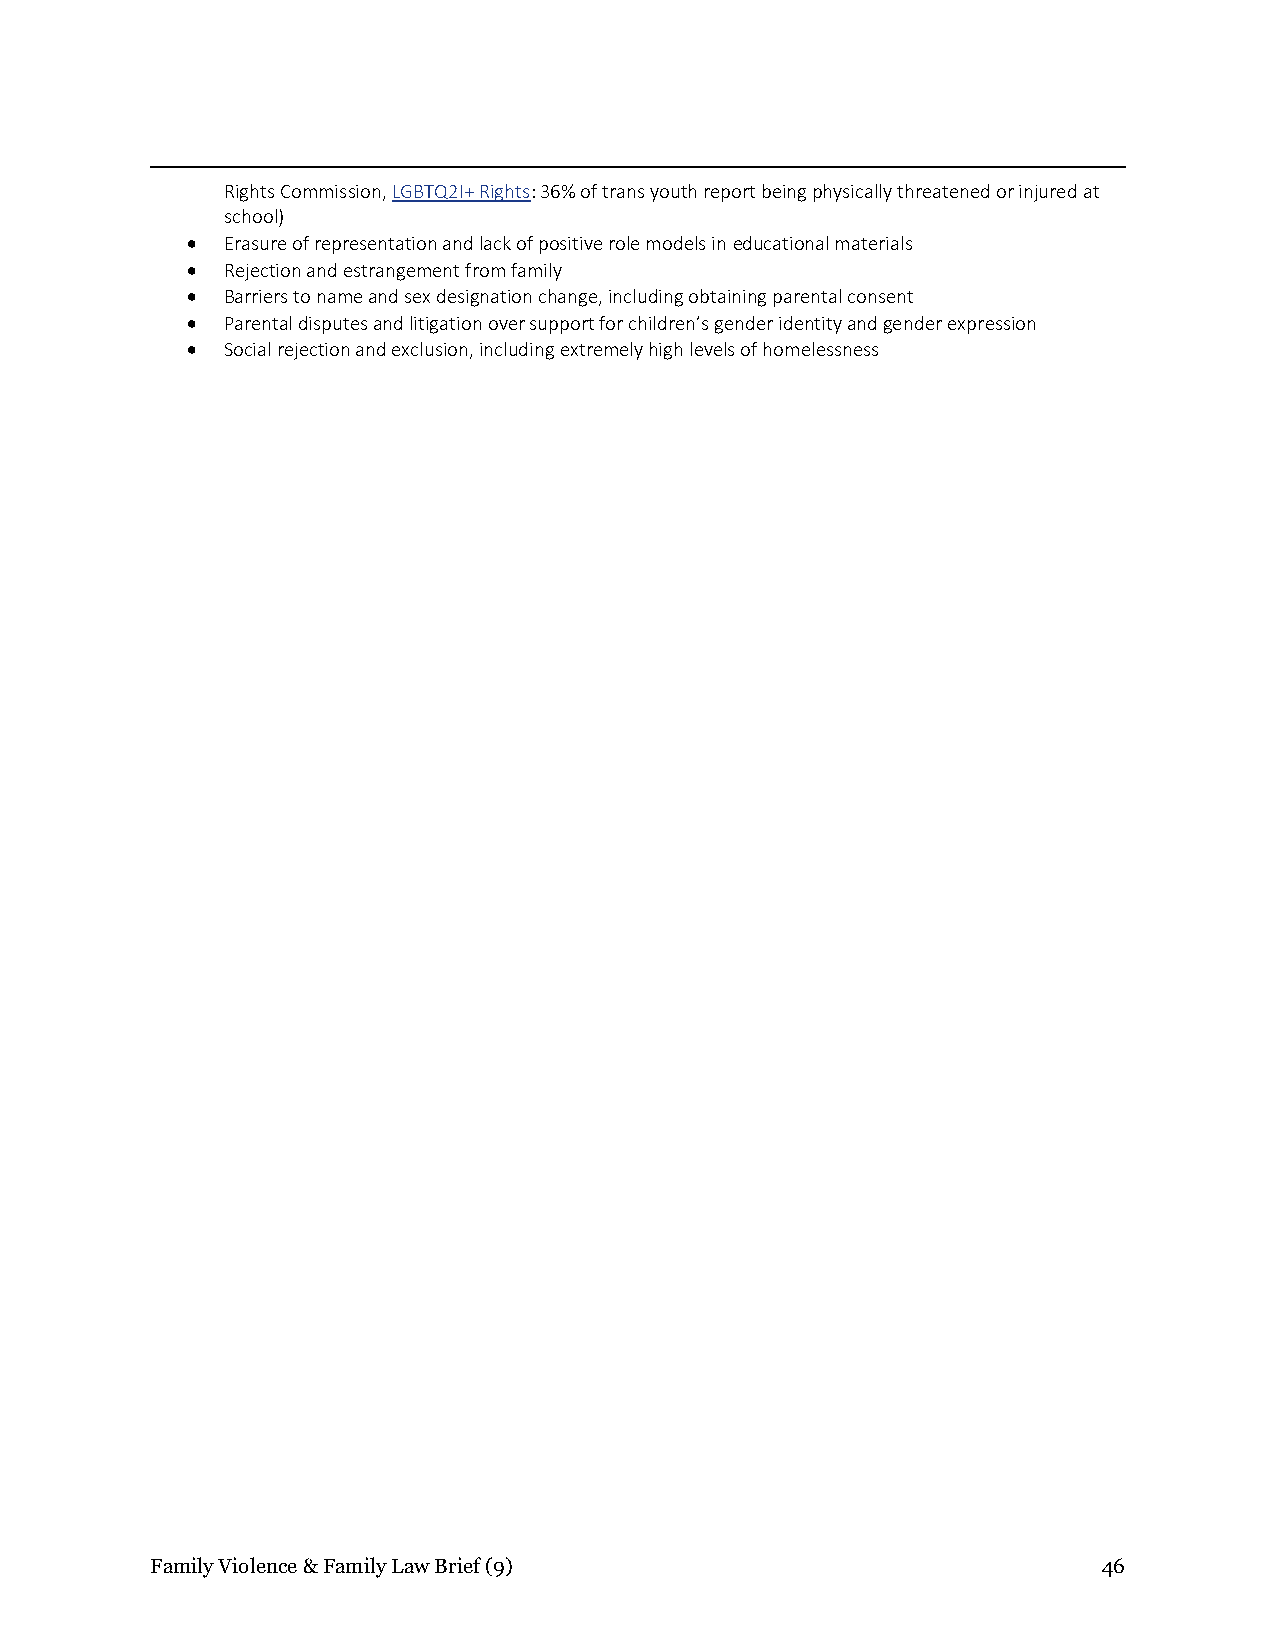
Rights Commission, LGBTQ2I+ Rights: 36% of trans youth report being physically threatened or injured at
 school)
 •  Erasure of representation and lack of positive role models in educational materials
 •  Rejection and estrangement from family
 •  Barriers to name and sex designation change, including obtaining parental consent
 •  Parental disputes and litigation over support for children’s gender identity and gender expression
 •  Social rejection and exclusion, including extremely high levels of homelessness
 Family Violence & Family Law Brief (9)                         46